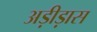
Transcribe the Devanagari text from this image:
अड़ीड़ास